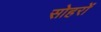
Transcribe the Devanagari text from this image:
सोहरों